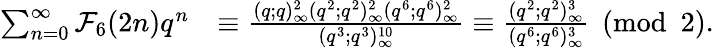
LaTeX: \begin{array}{rl}{\sum_{n=0}^{\infty}\mathcal{F}_{6}(2n)q^{n}}&{\equiv\frac{(q;q)_{\infty}^{2}(q^{2};q^{2})_{\infty}^{2}(q^{6};q^{6})_{\infty}^{2}}{(q^{3};q^{3})_{\infty}^{10}}\equiv\frac{(q^{2};q^{2})_{\infty}^{3}}{(q^{6};q^{6})_{\infty}^{3}}\pmod 2.}\end{array}